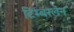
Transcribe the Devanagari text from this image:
टिम्बरलेन